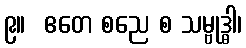
၉။  ဧတေ စညေ စ သမ္ဗုဒ္ဓါ၊